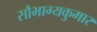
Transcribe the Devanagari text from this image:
सौभाग्यकुमार